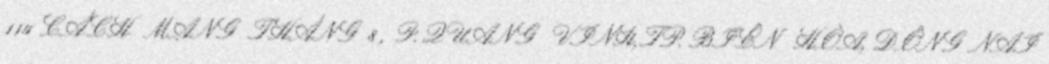
114 CÁCH MẠNG THÁNG 8 , P. QUANG VINH, TP. BIÊN HÒA, ĐỒNG NAI